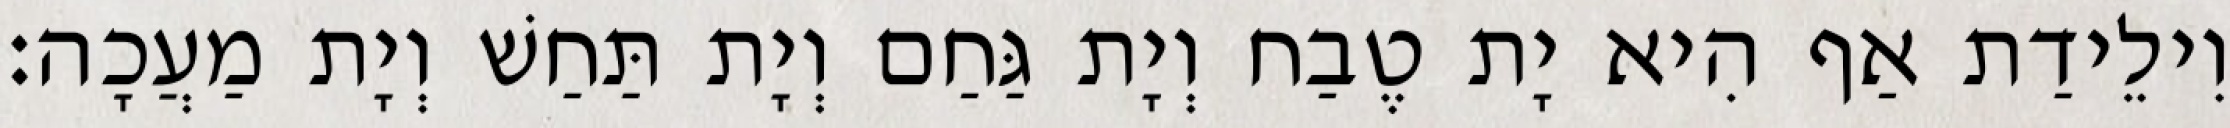
וִילֵידַת אַף הִיא יָת טֶבַח וְיָת גַּחַם וְיָת תַּחַשׁ וְיָת מַעֲכָה׃